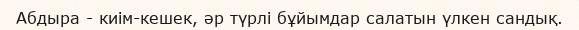
Абдыра - киім-кешек, әр түрлі бұйымдар салатын үлкен сандық.